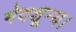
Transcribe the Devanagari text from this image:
भेदशून्य।